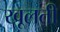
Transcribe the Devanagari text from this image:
खूलती